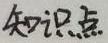
知识点